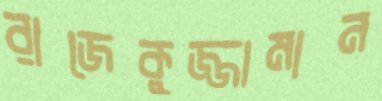
রাজেকুজ্জামান